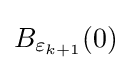
B_{\varepsilon _{k+1}}(0)